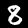
Label: 8